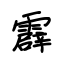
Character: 霹